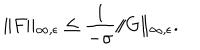
\| F \| _ { \infty , \epsilon } \leq \frac { 1 } { - \sigma } \| G \| _ { \infty , \epsilon } .